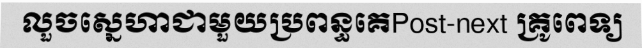
លួចស្នេហាជាមួយប្រពន្ធគេPost-next គ្រូពេទ្យ